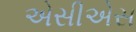
એસીએસ